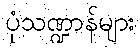
ပုံသဏ္ဍာန်များ